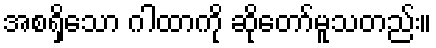
အစရှိသော ဂါထာကို ဆိုတော်မူသတည်း။